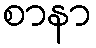
စာနာ